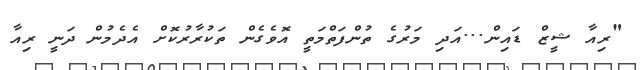
"ރިއާ ޝީޒް ޑައިން...އަދި މަރުގެ ތުންފަތްމަތީ އޮވެގެން ތަކުރާރުކޮށް އެދެމުން ދަނީ ރިއާ